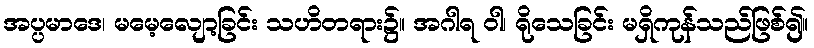
အပ္ပမာဒေ၊ မမေ့လျော့ခြင်း သဟိတရား၌။ အဂါရ ဝါ၊ ရိုသေခြင်း မရှိကုန်သည်ဖြစ်၍။